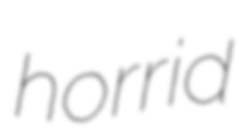
horrid